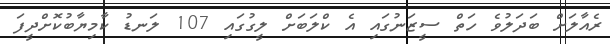
ރެއާލަށް ބަދަލުވެ ހަތް ސީޒަނުގައި އެ ކްލަބަށް ލީގުގައި 107 ލަނޑު ކާމިޔާބުކޮށްދީފަ